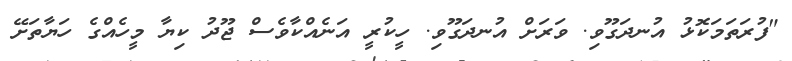
"ފުރަތަމަކޮޅު އުނދަގޫވި. ވަރަށް އުނދަގޫވި. ހީކުރީ އަނެއްކާވެސް ޖޫދު ކިޔާ މީހެއްގެ ހަޔާތަށޭ